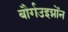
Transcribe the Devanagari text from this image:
बौर्गउइग्नोंन